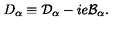
D _ { \alpha } \equiv \mathcal { D } _ { \alpha } - i e \mathcal { B } _ { \alpha } .